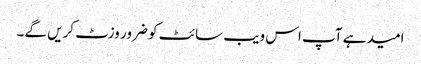
امید ہے آپ اس ویب سائٹ کو ضرور وزٹ کریں گے۔